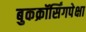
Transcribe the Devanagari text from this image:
बुकक्रॉर्सिंगपेक्षा